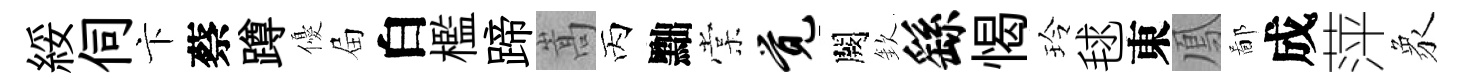
綏伺卞蔡蹲優屇白檻蹄嵩丙黜棠觉闕欽繇愒玲毬東鳳鄙成萍象